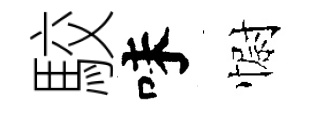
駮味𢠢